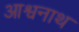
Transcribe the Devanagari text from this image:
आश्वनाथ